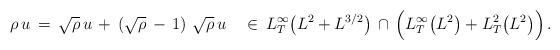
LaTeX: \begin{align*} \rho\,u\,=\,\sqrt{\rho}\,u\,+\,\left(\sqrt{\rho}\,-\,1\right)\,\sqrt{\rho}\,u\quad\in\,L^\infty_T\bigl(L^2+L^{3/2}\bigr)\,\cap\,\Bigl(L^\infty_T\bigl(L^2\bigr)+L^2_T\bigl(L^2\bigr)\Bigr)\,.\end{align*}